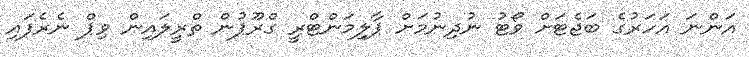
އަންނަ އަހަރުގެ ބަޖެޓަށް ވޯޓު ނުދިނުމަށް ޕާލިމަންޓްރީ ގްރޫޕުން ތްރީލައިން ވިޕް ނެރެފައި